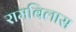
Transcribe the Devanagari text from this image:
रामबिलास